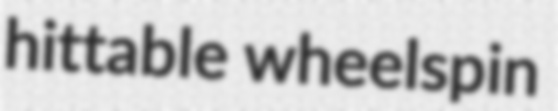
hittable wheelspin